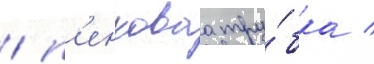
/ п'енковаа тру́бка /